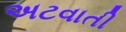
અટવાતી